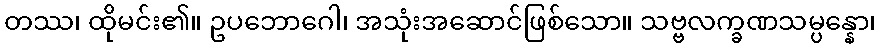
တဿ၊ ထိုမင်း၏။ ဥပဘောဂေါ၊ အသုံးအဆောင်ဖြစ်သော။ သဗ္ဗလက္ခဏသမ္ပန္နော၊